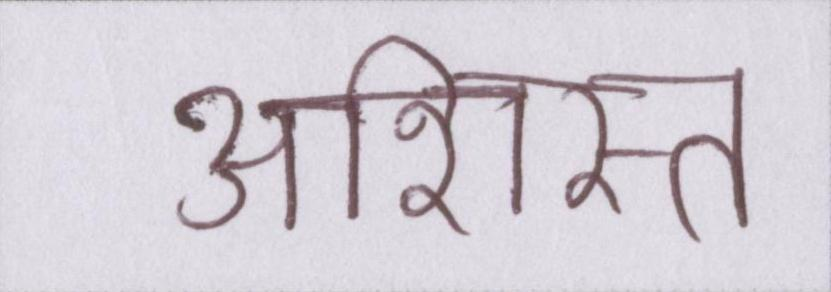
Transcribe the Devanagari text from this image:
अशिस्त